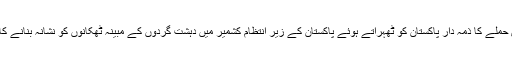
بھارت نے اس حملے کا ذمہ دار پاکستان کو ٹھہراتے ہوئے پاکستان کے زیرِ انتظام کشمیر میں دہشت گردوں کے مبینہ ٹھکانوں کو نشانہ بنانے کا دعویٰ کیا تھا۔